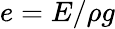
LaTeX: e=E/\rho g